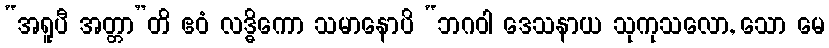
“အရူပီ အတ္တာ”တိ ဧဝံ လဒ္ဓိကော သမာနောပိ “ဘဂဝါ ဒေသနာယ သုကုသလော, သော မေ